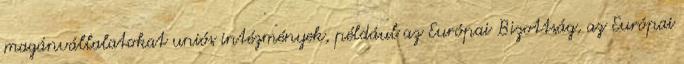
magánvállalatokat uniós intézmények, például az Európai Bizottság, az Európai